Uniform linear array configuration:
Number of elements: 48
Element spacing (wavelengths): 0.5
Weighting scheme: blackman
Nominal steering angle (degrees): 30
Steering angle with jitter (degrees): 29.73
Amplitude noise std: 0.05
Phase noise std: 0.05

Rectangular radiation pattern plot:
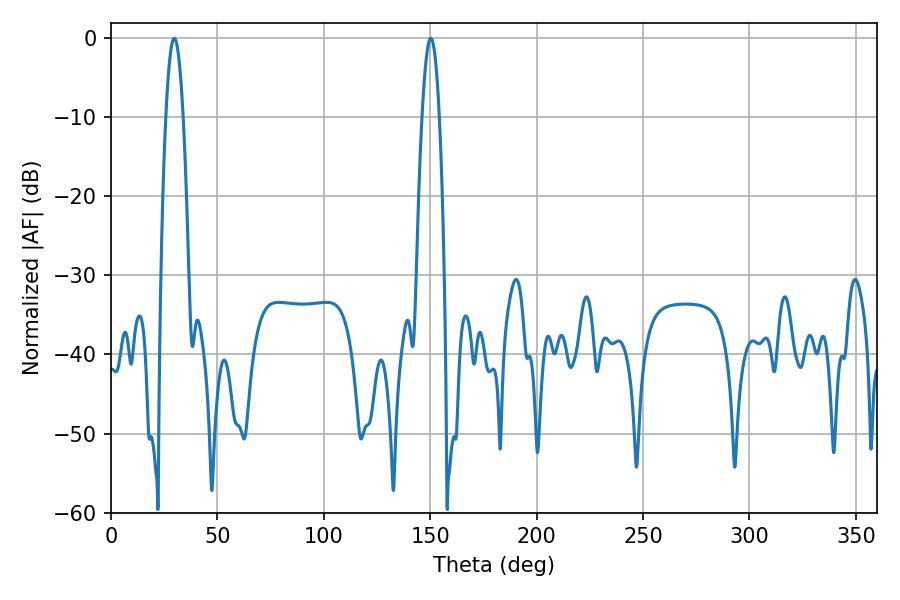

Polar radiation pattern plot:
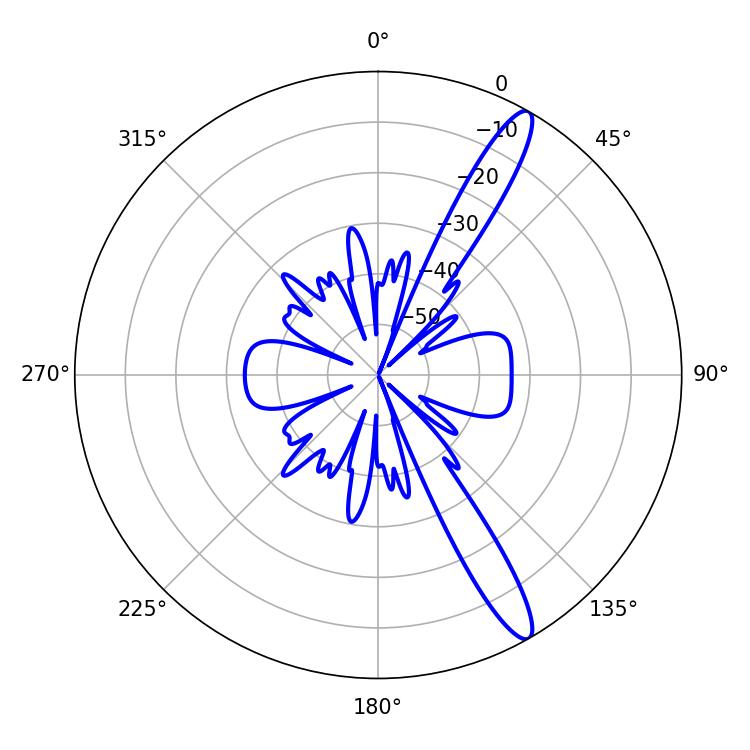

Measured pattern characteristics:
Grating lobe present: FALSE
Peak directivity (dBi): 13.783
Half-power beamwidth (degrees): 4.5
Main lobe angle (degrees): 29.7